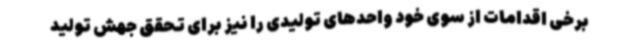
برخی اقدامات از سوی خود واحدهای تولیدی را نیز برای تحقق جهش تولید